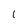
Character: 1